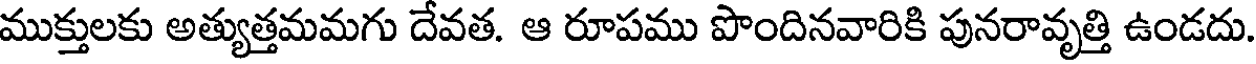
ముక్తులకు అత్యుత్తమమగు దేవత. ఆ రూపము పొందినవారికి పునరావృత్తి ఉండదు.